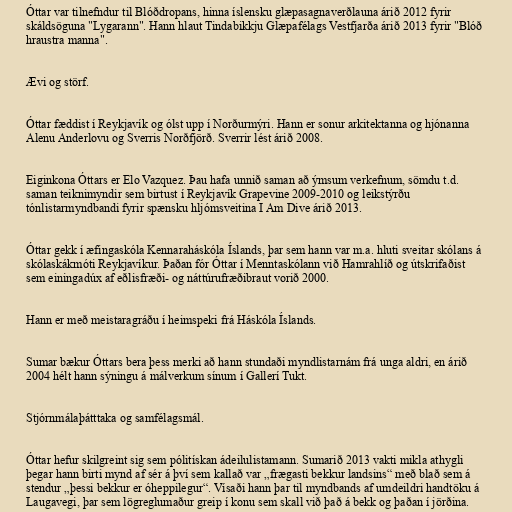
Óttar var tilnefndur til Blóðdropans, hinna íslensku glæpasagnaverðlauna árið 2012 fyrir
skáldsöguna "Lygarann". Hann hlaut Tindabikkju Glæpafélags Vestfjarða árið 2013 fyrir "Blóð
hraustra manna".

Ævi og störf.

Óttar fæddist í Reykjavík og ólst upp í Norðurmýri. Hann er sonur arkitektanna og hjónanna
Alenu Anderlovu og Sverris Norðfjörð. Sverrir lést árið 2008.

Eiginkona Óttars er Elo Vazquez. Þau hafa unnið saman að ýmsum verkefnum, sömdu t.d.
saman teiknimyndir sem birtust í Reykjavík Grapevine 2009-2010 og leikstýrðu
tónlistarmyndbandi fyrir spænsku hljómsveitina I Am Dive árið 2013.

Óttar gekk í æfingaskóla Kennaraháskóla Íslands, þar sem hann var m.a. hluti sveitar skólans á
skólaskákmóti Reykjavíkur. Þaðan fór Óttar í Menntaskólann við Hamrahlíð og útskrifaðist
sem einingadúx af eðlisfræði- og náttúrufræðibraut vorið 2000.

Hann er með meistaragráðu í heimspeki frá Háskóla Íslands.

Sumar bækur Óttars bera þess merki að hann stundaði myndlistarnám frá unga aldri, en árið
2004 hélt hann sýningu á málverkum sínum í Gallerí Tukt.

Stjórnmálaþátttaka og samfélagsmál.

Óttar hefur skilgreint sig sem pólitískan ádeilulistamann. Sumarið 2013 vakti mikla athygli
þegar hann birti mynd af sér á því sem kallað var „frægasti bekkur landsins“ með blað sem á
stendur „þessi bekkur er óheppilegur“. Vísaði hann þar til myndbands af umdeildri handtöku á
Laugavegi, þar sem lögreglumaður greip í konu sem skall við það á bekk og þaðan í jörðina.